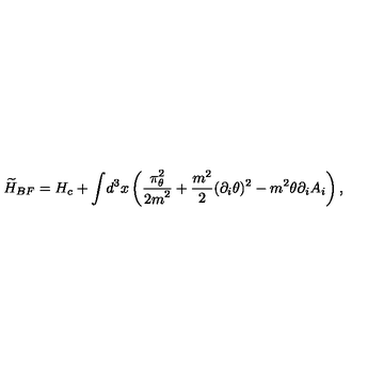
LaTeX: { \widetilde H _ { B F } } = H _ { c } + { \displaystyle \int } d ^ { 3 } x \left( \frac { \displaystyle \pi _ { \theta } ^ { 2 } } { \displaystyle 2 m ^ { 2 } } + \frac { m ^ { 2 } } { 2 } ( \partial _ { i } \theta ) ^ { 2 } - m ^ { 2 } \theta \partial _ { i } A _ { i } \right) ,